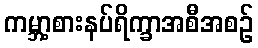
ကမ္ဘာ့စားနပ်ရိက္ခာအစီအစဉ်